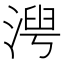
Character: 𬈍